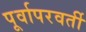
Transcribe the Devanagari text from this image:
पूर्वापरवर्ती